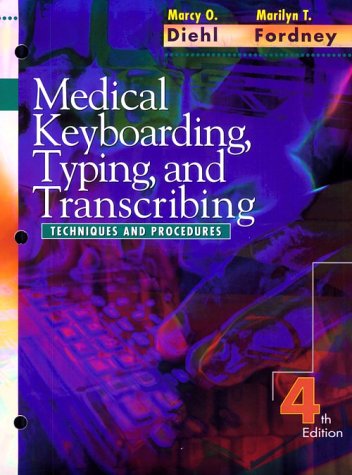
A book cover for Medical Keyboarding, Typing, and Transcribing: Techniques and Procedures, 4e; Marcy O. Diehl BVE  CMA-A  CMT  AHDI-F; Medical Books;